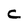
Character: C